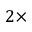
2 \times